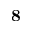
\mathbf { 8 }